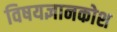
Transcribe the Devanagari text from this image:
विषयज्ञानकोश